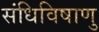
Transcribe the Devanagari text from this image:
संधिविषाणु